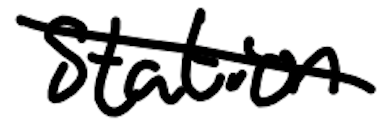
Text: station
Cross-out: diagonal
Writing tool: digital_black